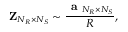
{ \bf { Z } } _ { N _ { R } \times N _ { S } } \sim \frac { \textbf { a } _ { N _ { R } \times N _ { S } } } { R } ,